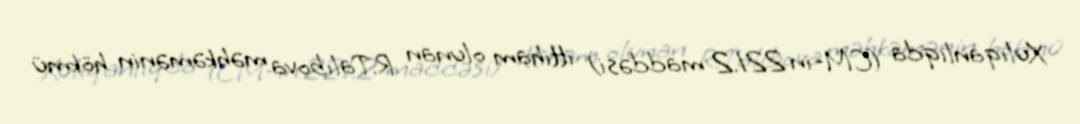
Xuliqanlıqda (CM-in 221.2 maddəsi) ittiham olunan R.Talıbova məhkəmənin hökmü